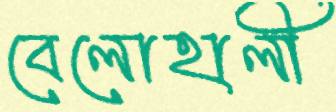
বেলোহালী